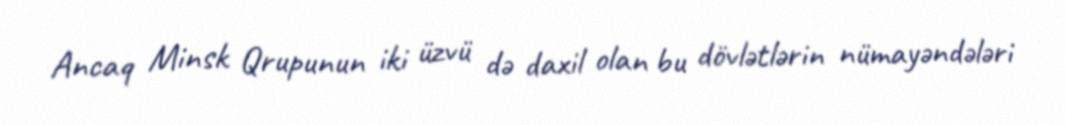
Ancaq Minsk Qrupunun iki üzvü də daxil olan bu dövlətlərin nümayəndələri